Riigikantselei, lk 46
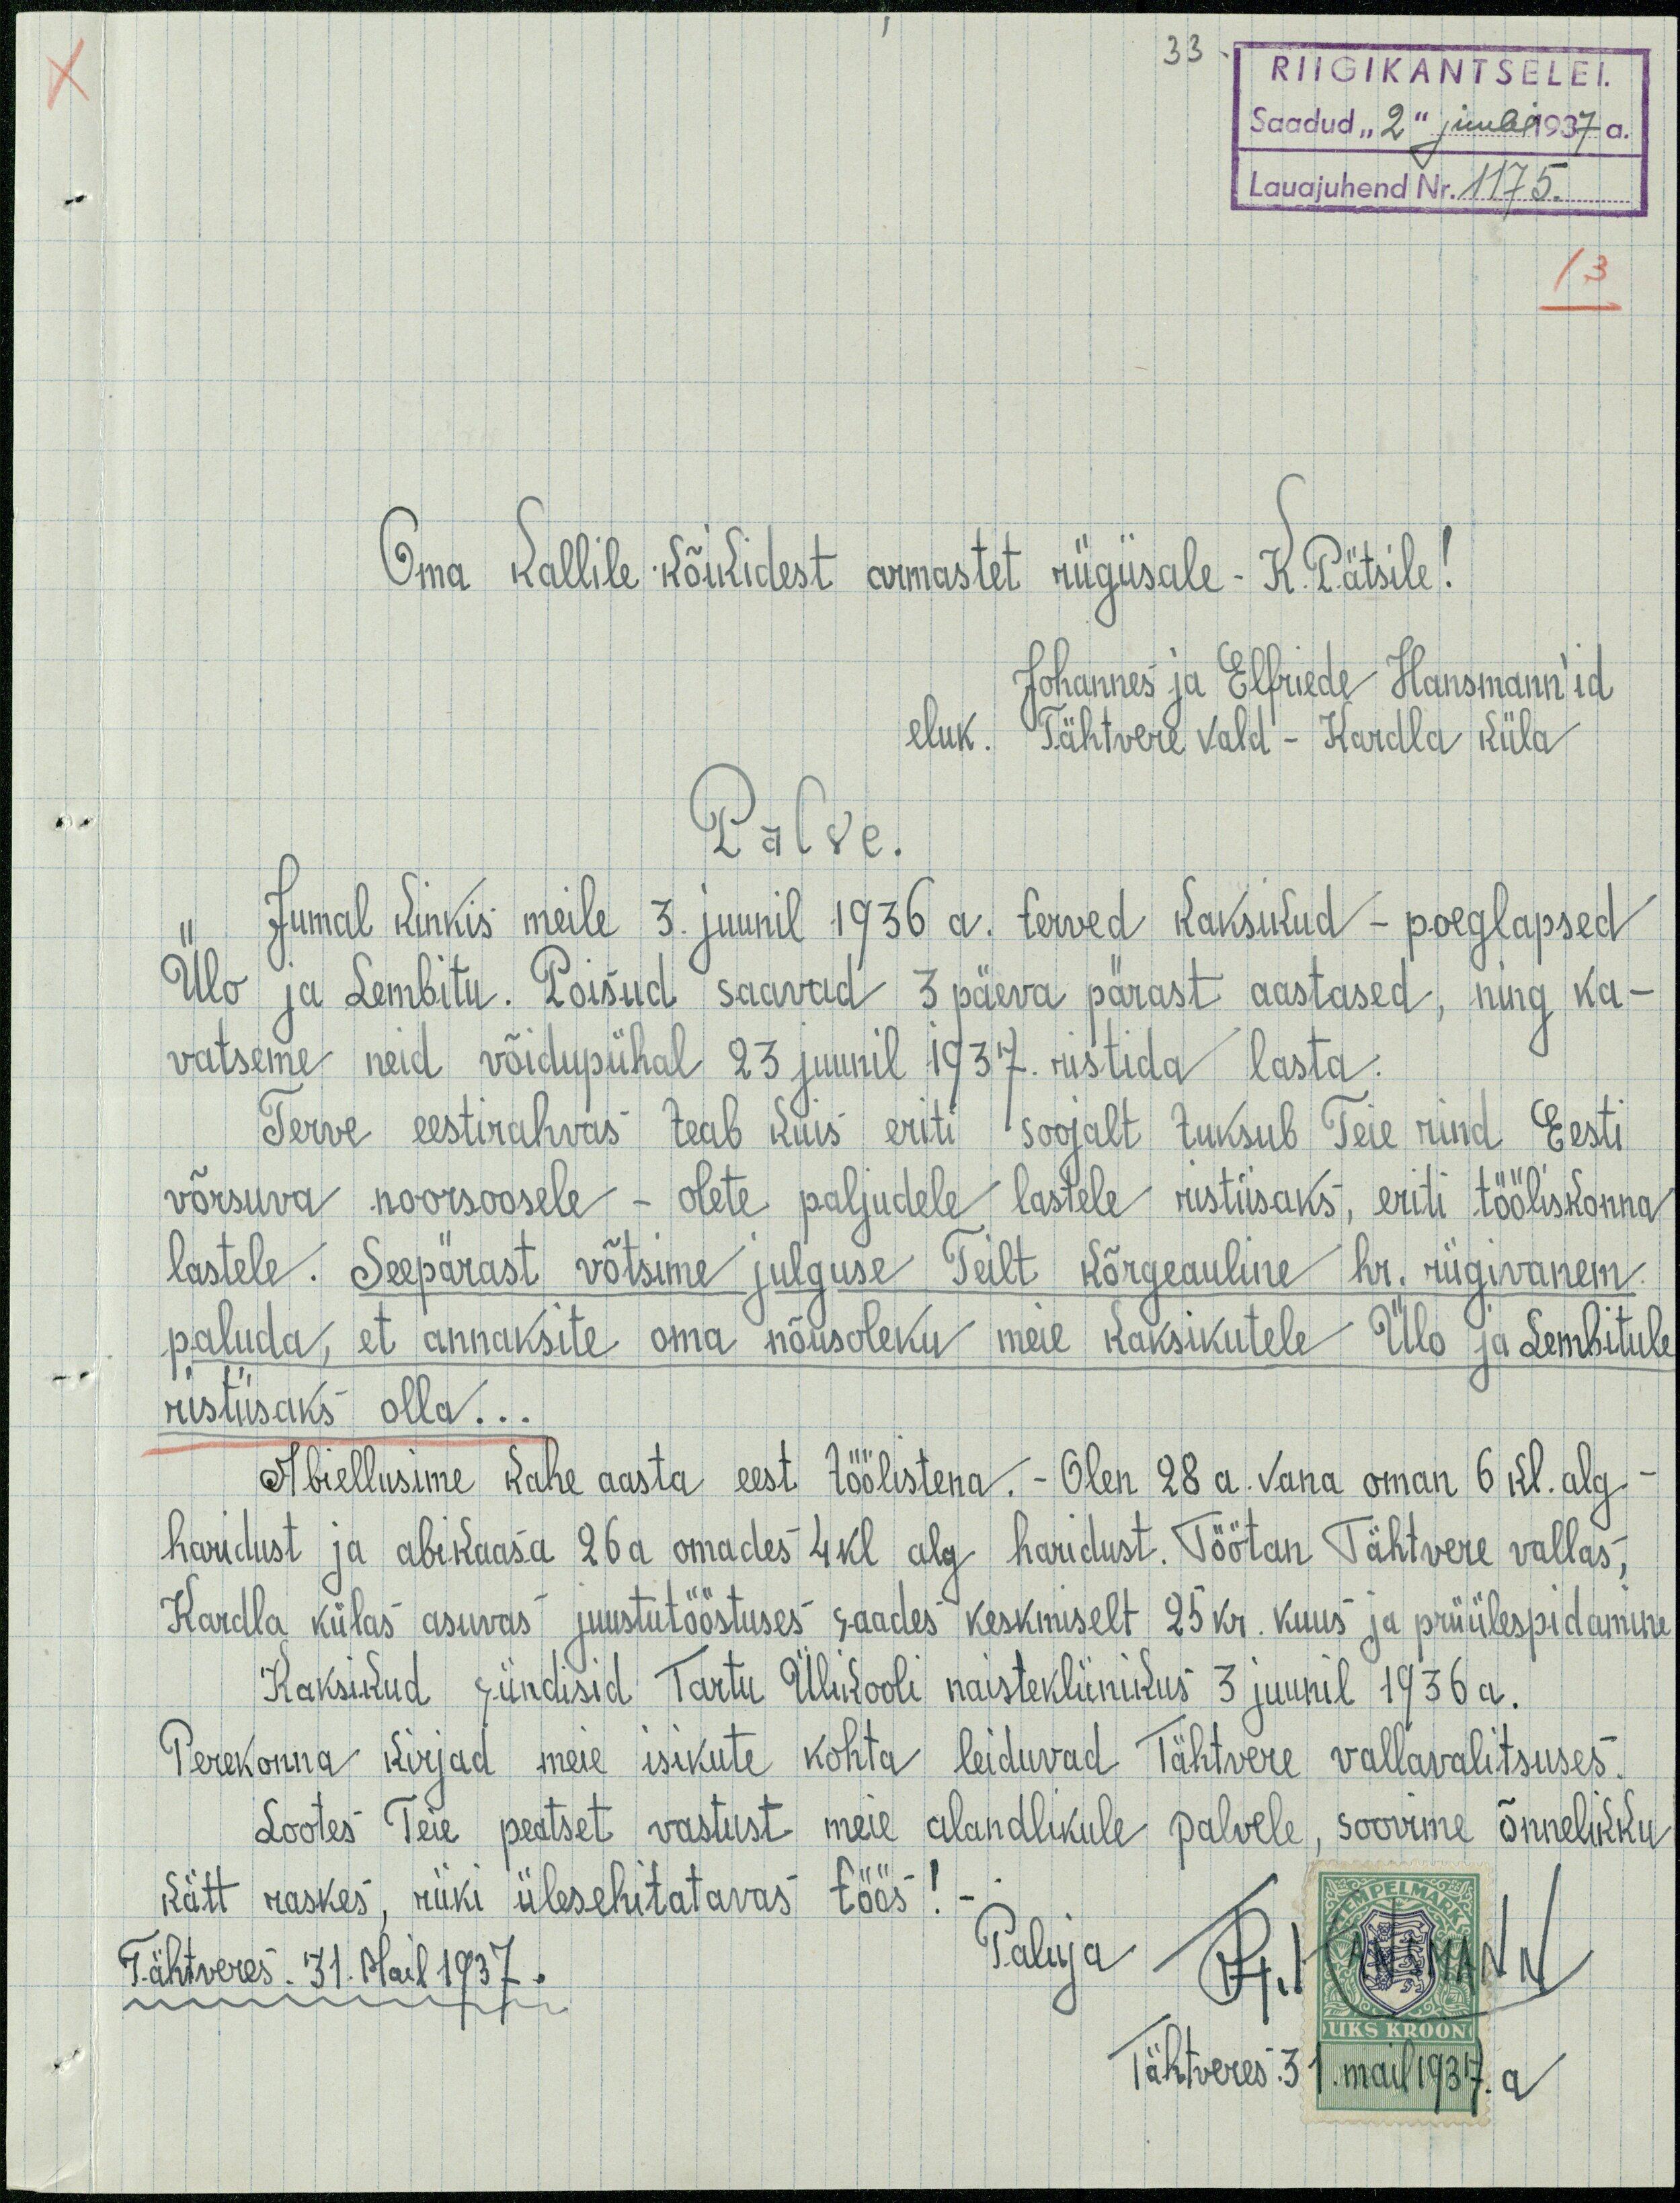
RIIGIKANTSELEI.
Saadud "2" juul 1937 a.
Lauajuhend Nr. 1175
13
Oma Kallile kõikidest armastet riigiisale K. Pätsile!
Johannes ja Elfriede Hansmann'id
eluk. Tähtere vald - Kardla küla
Palve
Jumal Kinkis meile 3. juunil 1936 a. terved kaksikud - poeglapsed
Ülo ja Lembitu. Poisud saavad 3 päeva pärast aastased, ning ka-
vatseme neid võidupühal 23 juunil 1937 ristida lasta
Terve eestirahvas teab kuis eriti soojalt tuksub Teie rind Eesti
võrsuva noorsoosele - olete paljudele lastele ristisaks, eriti tööluskonna
lastele. Seepärast võtsime julguse Teilt kõrgeauline hr. riigivanem
paluda, et annaksite oma nõusoleku meie kaksikutele Ülo ja Lembitule
ristiisaks olla..
Abiellusime kahe aasta eest töölistena. - Olen 28 a. Vana oman 6 kl. alg.
haridust ja abikaasa 26a omades 4 kl alg haridust. Töötan Tähtvere vallas,
Kardla külas asuvas juustutööstuses saades keskmiselt 25 kr. kuus ja priiülespidamine
Kaksikud sündisid Tartu Ülikooli naistekliinikus 3 juunil 1936 a.
Perekonna kirjad meie isikute kohta leiduvad Tähtwere vallavalitsuses.
Lootes Teie peatset vastust meie alandlikule palvele, soovime õnnelikku
kätt raskes, riiki ülesehitavas töös! -
Tähtveres. 31. Mail 1937.
Paluja R. Hansmann
Tähtveres 31.mail 1937.a